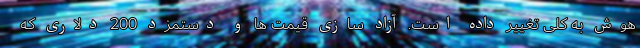
هوش به کلی تغییر داده است. آزاد سازی قیمت ها و دستمزد 200 دلاری که